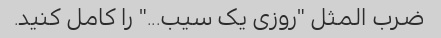
ضرب المثل "روزی یک سیب..." را کامل کنید.